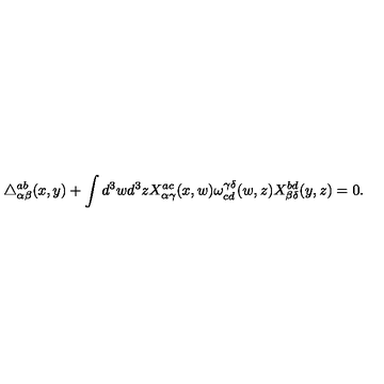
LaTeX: \triangle _ { \alpha \beta } ^ { a b } ( x , y ) + \int d ^ { 3 } w d ^ { 3 } z X _ { \alpha \gamma } ^ { a c } ( x , w ) \omega _ { c d } ^ { \gamma \delta } ( w , z ) X _ { \beta \delta } ^ { b d } ( y , z ) = 0 .